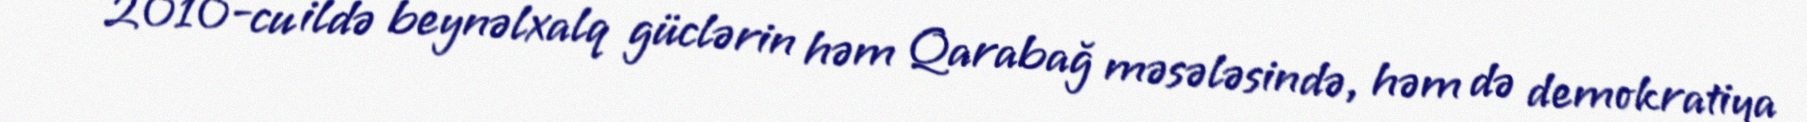
- 2010-cu ildə beynəlxalq güclərin həm Qarabağ məsələsində, həm də demokratiya